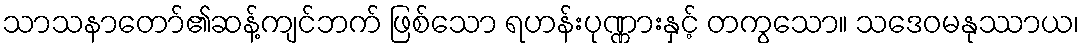
သာသနာတော်၏ဆန့်ကျင်ဘက် ဖြစ်သော ရဟန်းပုဏ္ဏားနှင့် တကွသော။ သဒေဝမနုဿာယ၊